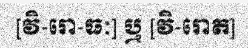
[វិ-រោ-ធៈ] ឬ [វិ-រោត]